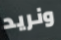
ونريد